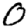
Digit: 0